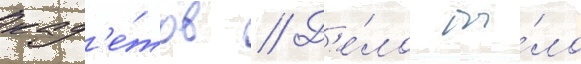
кад'е́тов // Д'е́ло бы́ло